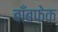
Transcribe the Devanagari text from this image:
बाँबफेक